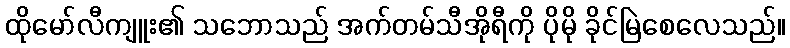
ထိုမော်လီကျူး၏ သဘောသည် အက်တမ်သီအိုရီကို ပိုမို ခိုင်မြဲစေလေသည်။